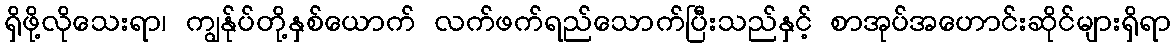
ရှိဖို့လိုသေးရာ၊ ကျွန်ုပ်တို့နှစ်ယောက် လက်ဖက်ရည်သောက်ပြီးသည်နှင့် စာအုပ်အဟောင်းဆိုင်များရှိရာ